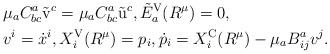
LaTeX: \begin{align*} &\mu_aC^a_{bc}\tilde{\rm v}^c=\mu_aC^a_{bc}\tilde{\rm u}^c, \tilde{E}_a^{\rm V}(R^\mu) = 0, \\ &v^i=\dot{x}^i, X_i^{\rm V}(R^\mu)=p_i, \dot{p}_i= X_i^{\rm C}(R^\mu) - \mu_a B^a_{ij}v^j. \end{align*}